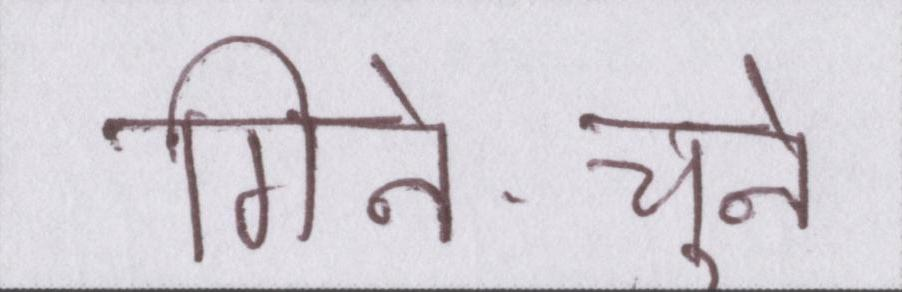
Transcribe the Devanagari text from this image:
गिने-चुने